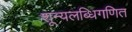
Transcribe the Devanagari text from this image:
शून्यलब्धिगणित